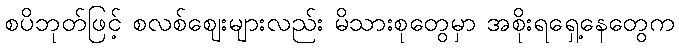
စပိဘုတ်ဖြင့် စလစ်ဈေးများလည်း မိသားစုတွေမှာ အစိုးရရှေ့နေတွေက